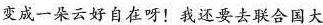
变成一朵云好自在呀！我还要去联合国大